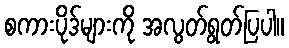
စကားပိုဒ်များကို အလွတ်ရွတ်ပြပါ။